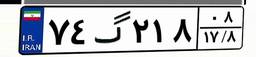
۷۴گ۲۱۸۰۸